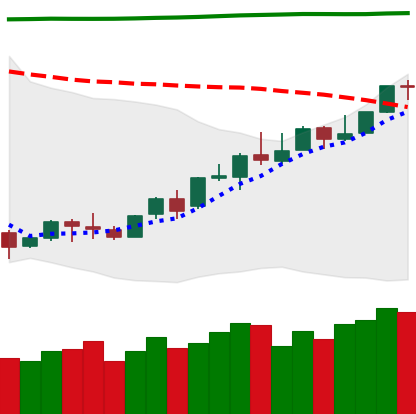
Ticker: LINK-USD
Chart end date: 2018-04-20
Forward return: -9.773%
Label: down_7plus